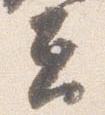
夫